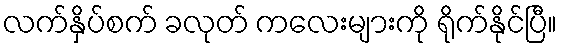
လက်နှိပ်စက် ခလုတ် ကလေးများကို ရိုက်နိုင်ပြီ။